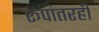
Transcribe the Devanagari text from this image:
रूपांतरही